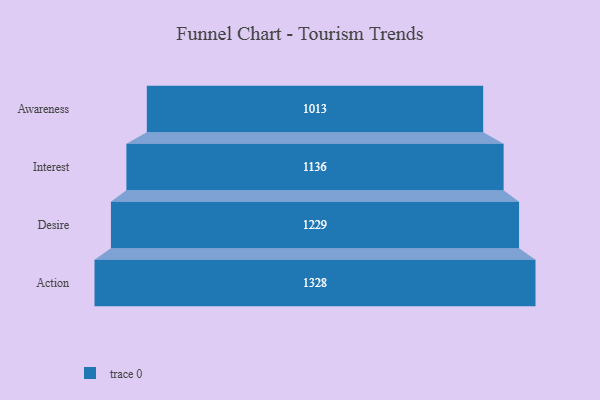
{"axis": {"x": "Stage", "y": "Value"}, "legend": [""], "data": [{"x": "Awareness", "y": 1013.0, "type": ""}, {"x": "Interest", "y": 1136.0, "type": ""}, {"x": "Desire", "y": 1229.0, "type": ""}, {"x": "Action", "y": 1328.0, "type": ""}]}